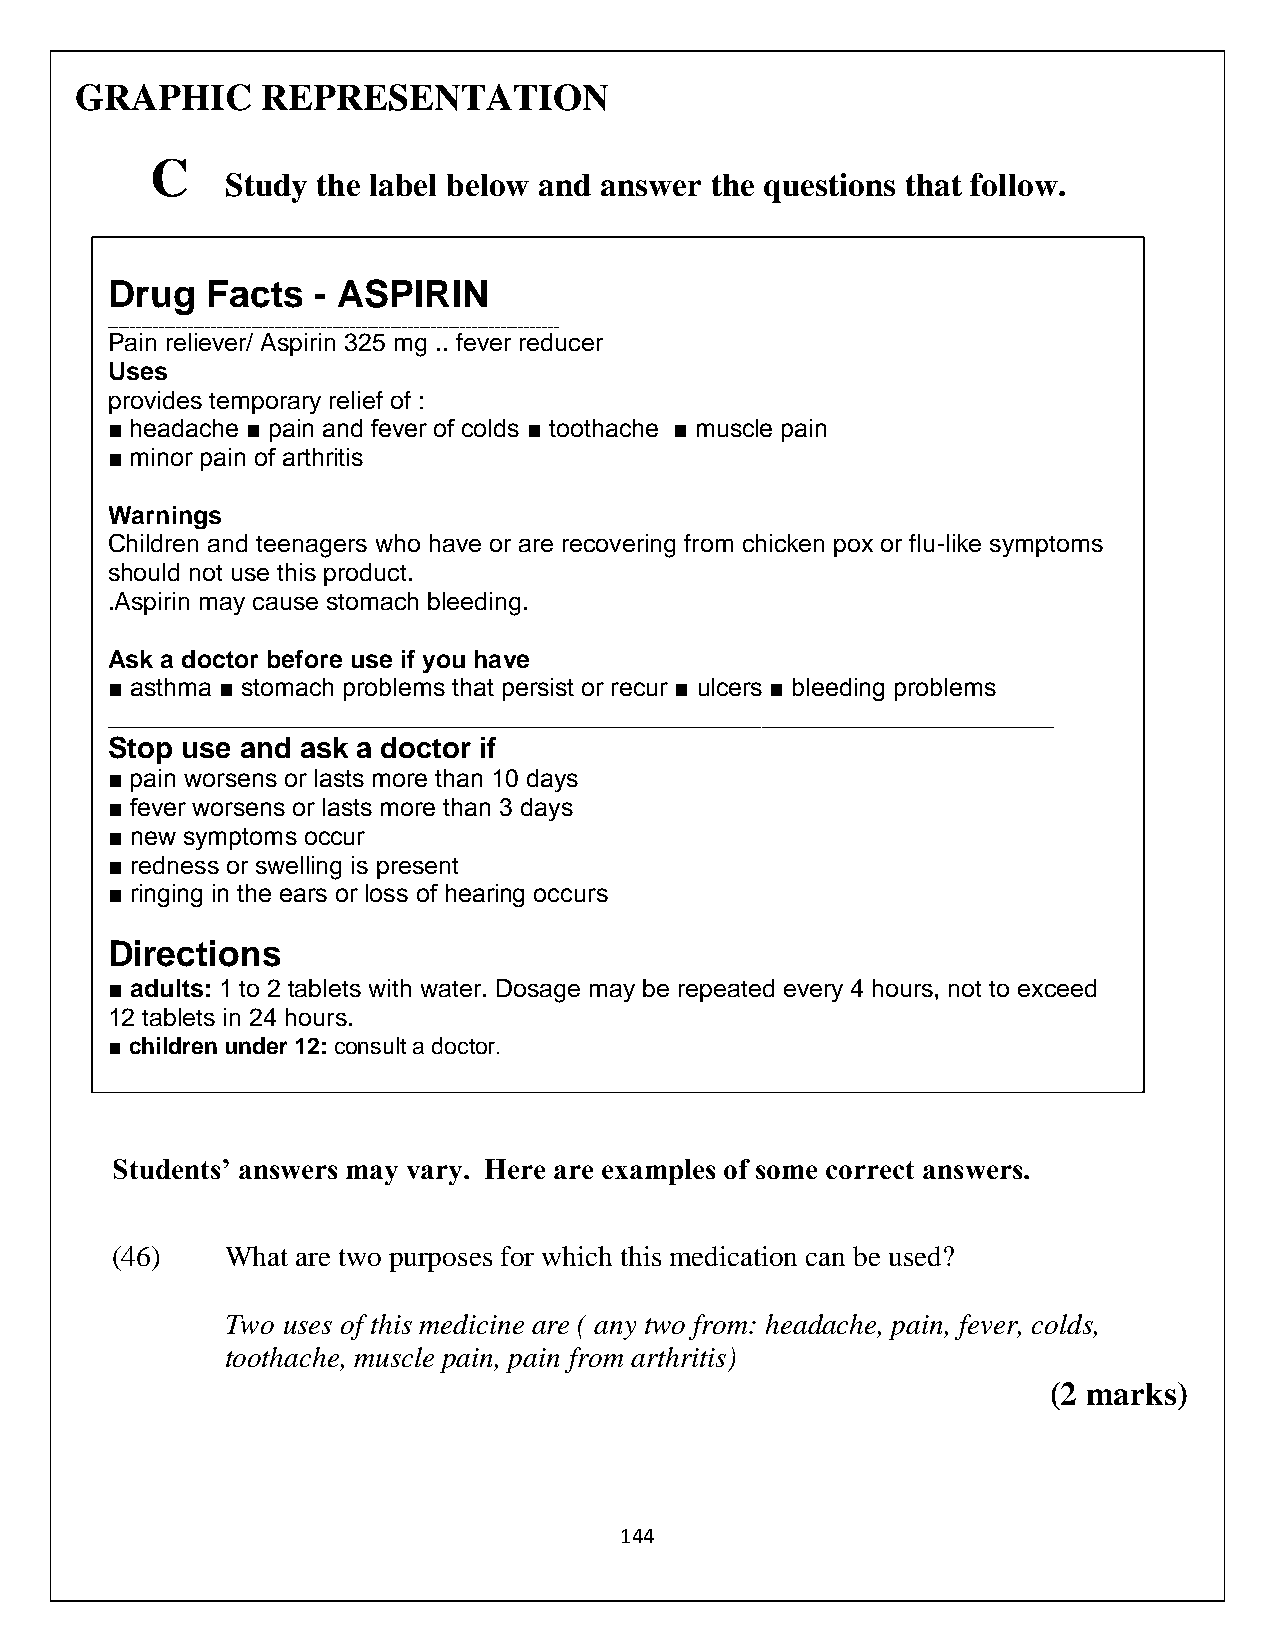
GRAPHIC     REPRESENTATION
 C
 Study the label below and answer the questions that follow.
 Drug   Facts  - ASPIRIN
 ______________________________________________________________________________
 Pain reliever/ Aspirin 325 mg .. fever reducer
 Uses
 provides temporary relief of :
 ■ headache ■ pain and fever of colds ■ toothache ■ muscle pain
 ■ minor pain of arthritis
 Warnings
 Children and teenagers who have or are recovering from chicken pox or flu-like symptoms
 should not use this product.
 .Aspirin may cause stomach bleeding.
 Ask a doctor before use if you have
 ■ asthma ■ stomach problems that persist or recur ■ ulcers ■ bleeding problems
 ____________________________________________________________________
 Stop use and ask a doctor if
 ■ pain worsens or lasts more than 10 days
 ■ fever worsens or lasts more than 3 days
 ■ new symptoms occur
 ■ redness or swelling is present
 ■ ringing in the ears or loss of hearing occurs
 Directions
 ■ adults: 1 to 2 tablets with water. Dosage may be repeated every 4 hours, not to exceed
 12 tablets in 24 hours.
 ■ children under 12: consult a doctor.
 Students’ answers may vary. Here are examples of some correct answers.
 (46)    What are two purposes for which this medication can be used?
 Two uses of this medicine are ( any two from: headache, pain, fever, colds,
 toothache, muscle pain, pain from arthritis)
 (2 marks)
 144